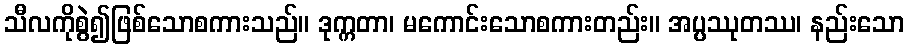
သီလကိုစွဲ၍ဖြစ်သောစကားသည်။ ဒုက္ကတာ၊ မကောင်းသောစကားတည်း။ အပ္ပဿုတဿ၊ နည်းသော